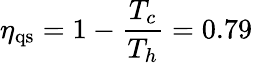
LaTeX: \eta_{\mathrm{qs}}=1-\frac{T_{c}}{T_{h}}=0.79